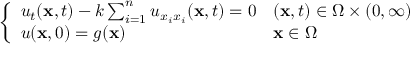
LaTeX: \left\{ \begin{array} { l l } { u _ { t } ( \mathbf { x } , t ) - k \sum _ { i = 1 } ^ { n } u _ { x _ { i } x _ { i } } ( \mathbf { x } , t ) = 0 } & { ( \mathbf { x } , t ) \in \Omega \times ( 0 , \infty ) } \\ { u ( \mathbf { x } , 0 ) = g ( \mathbf { x } ) } & { \mathbf { x } \in \Omega } \end{array} \right.